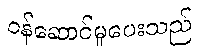
ဝန်ဆောင်မှုပေးသည်